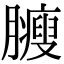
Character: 𦢝